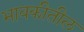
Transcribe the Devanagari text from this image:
भावकीतील